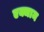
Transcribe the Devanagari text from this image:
एक्जाम